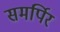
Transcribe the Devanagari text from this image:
समर्पिर